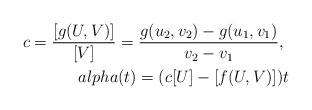
LaTeX: \begin{align*}c=\frac{[g(U,V)]}{[V]}=\frac{g(u_2,v_2)-g(u_1,v_1)}{v_2-v_1}, \ \\alpha(t)=(c[U]-[f(U,V)])t\end{align*}